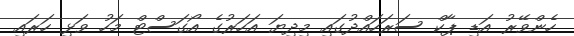
ހެންވޭރު އަޑި ޕާކް ސަރަހައްދުގައި މިދިޔަ އަހަރުގެ އޯގަސްޓް މަހު ވަޅި ހަރައި